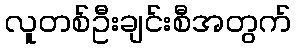
လူတစ်ဦးချင်းစီအတွက်